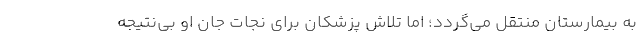
به بیمارستان منتقل می‌گردد؛ اما تلاش پزشکان برای نجات جان او بی‌نتیجه